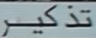
تذکر